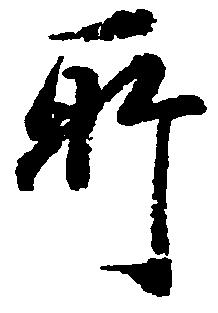
所